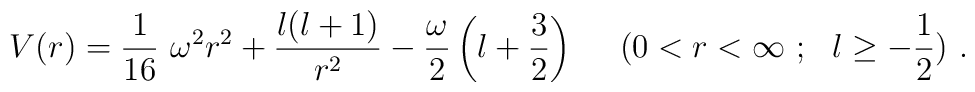
V(r)=   \frac{1}{16} ~\omega^2 r^2 +\frac{l(l+1)}{r^2}- 	\frac{\omega}{2}\left( l+ \frac{3}{2} \right) 	~~~~(0 < r <\infty~;~~ l \ge -\frac{1}{2} )~.